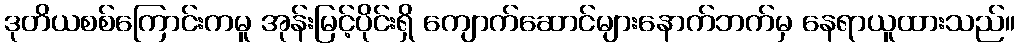
ဒုတိယစစ်ကြောင်းကမူ အုန်းမြင့်ပိုင်းရှိ ကျောက်ဆောင်များနောက်ဘက်မှ နေရာယူထားသည်။